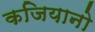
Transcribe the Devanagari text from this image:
कजियानो